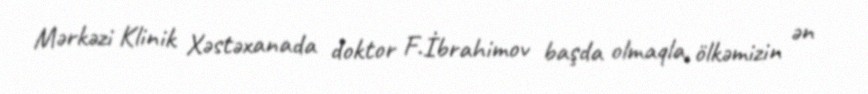
Mərkəzi Klinik Xəstəxanada doktor F.İbrahimov başda olmaqla, ölkəmizin ən